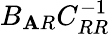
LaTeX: B_{\mathbf{A}R}C_{RR}^{-1}